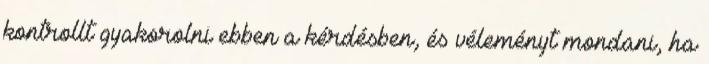
kontrollt gyakorolni ebben a kérdésben, és véleményt mondani, ha